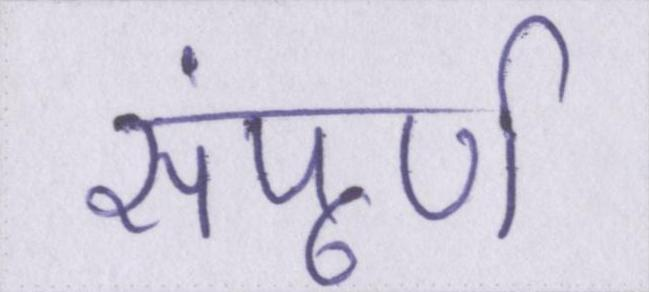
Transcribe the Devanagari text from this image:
संपूर्ण